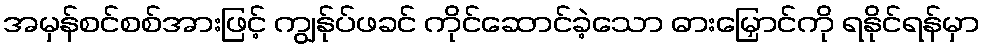
အမှန်စင်စစ်အားဖြင့် ကျွန်ုပ်ဖခင် ကိုင်ဆောင်ခဲ့သော ဓားမြှောင်ကို ရနိုင်ရန်မှာ